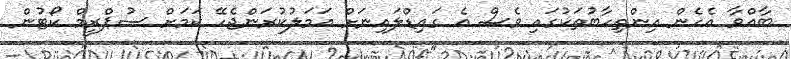
ބާއްވާ އެހެން އިންތިހާބުތަކުގައި ވެސް އެ ގައިޑްލައިނަށް އަމަލުކުރަންޖެހޭ ކަމަށް ސުޕްރީމް ކޯޓުން